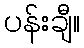
ပန်းချီ။